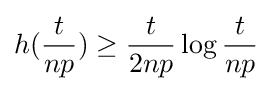
h({\frac {t}{np}})\geq {\frac {t}{2np}}\log {\frac {t}{np}}